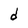
Character: d